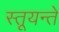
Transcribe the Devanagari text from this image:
स्तूयन्ते